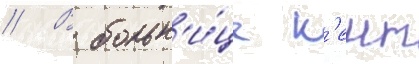
// В больн'и́це к'еит